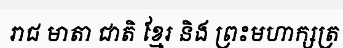
រាជ មាតា ជាតិ ខ្មែរ និង ព្រះមហាក្សត្រ